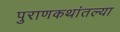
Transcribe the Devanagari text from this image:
पुराणकथांतल्या